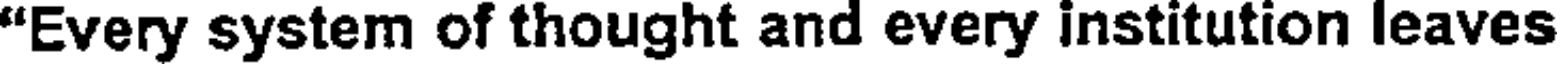
"Every system of thought and every institution leaves